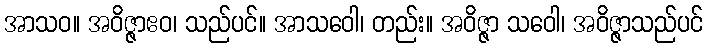
အာသဝ။ အဝိဇ္ဇာဧဝ၊ သည်ပင်။ အာသဝေါ၊ တည်း။ အဝိဇ္ဇာ သဝေါ၊ အဝိဇ္ဇာသည်ပင်